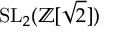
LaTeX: \mathrm { S L } _ { 2 } ( \mathbb { Z } [ { \sqrt { 2 } } ] )